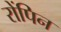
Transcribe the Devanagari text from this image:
रोंपिन